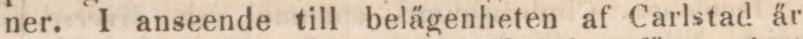
ner. I anseende till belägenheten af Carlstad är